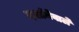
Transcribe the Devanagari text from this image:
दर्शानेवाले